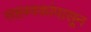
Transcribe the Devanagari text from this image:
सहस्त्रकांपासून